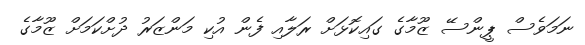
ނަމަވެސް ޕީންސޭ ޒޫމާގެ ގައިކޮޅަށް ރަލާއި ފެން އުކި މަންޒަރު ދުށްކަމަށް ޒޫމާގެ